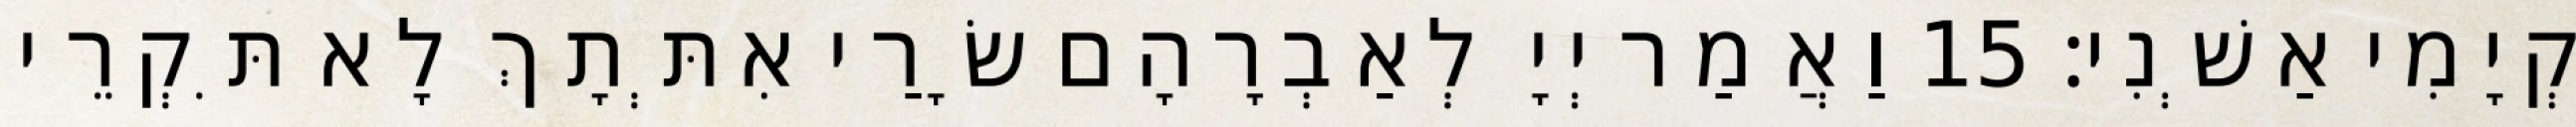
קְיָמִי אַשְׁנִי׃ 15 וַאֲמַר יְיָ לְאַבְרָהָם שָׂרַי אִתְּתָךְ לָא תִּקְרֵי